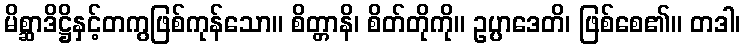
မိစ္ဆာဒိဋ္ဌိနှင့်တကွဖြစ်ကုန်သော။ စိတ္တာနိ၊ စိတ်တိုကို။ ဥပ္ပာဒေတိ၊ ဖြစ်စေ၏။ တဒါ၊